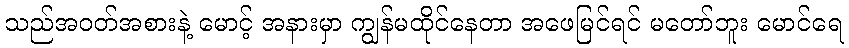
သည်အဝတ်အစားနဲ့ မောင့် အနားမှာ ကျွန်မထိုင်နေတာ အဖေမြင်ရင် မတော်ဘူး မောင်ရေ